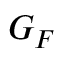
{ \cal G } _ { F }